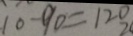
1 0 - 9 0 = 1 2 0